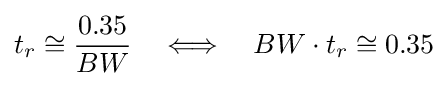
t_{r}\cong {\frac {0.35}{BW}}\quad \Longleftrightarrow \quad BW\cdot t_{r}\cong 0.35